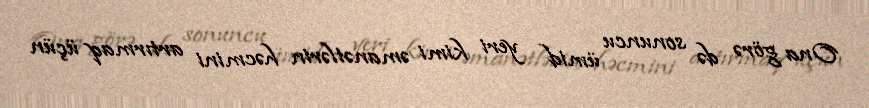
Ona görə də sonuncu ümid yeri kimi əmanətlərin həcmini artırmaq üçün